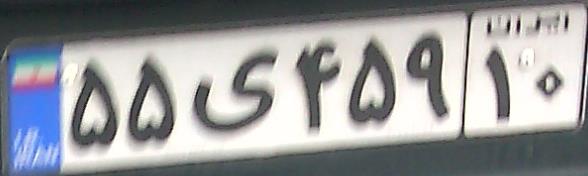
۵۵ی۴۵۹۱۰